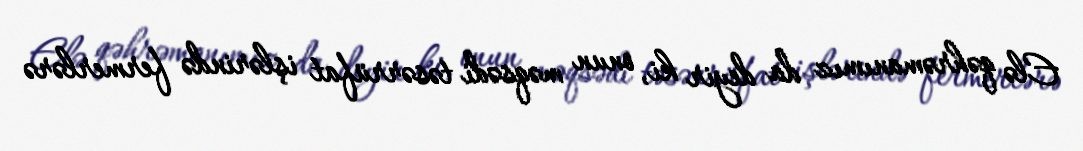
Elə qəhrəmanımız da deyir ki, onun məqsədi təsərrüfat işlərində fermerlərə